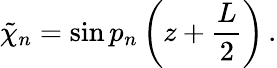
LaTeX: \tilde{\chi}_{n}=\sin p_{n}\left(z+\frac{L}{2}\right)\, .